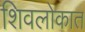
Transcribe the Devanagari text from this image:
शिवलोकात